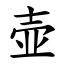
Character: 壶